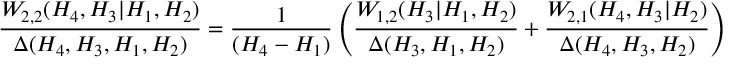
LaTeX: { \frac { W _ { 2 , 2 } ( H _ { 4 } , H _ { 3 } | H _ { 1 } , H _ { 2 } ) } { \Delta ( H _ { 4 } , H _ { 3 } , H _ { 1 } , H _ { 2 } ) } } = { \frac { 1 } { ( H _ { 4 } - H _ { 1 } ) } } \left( { \frac { W _ { 1 , 2 } ( H _ { 3 } | H _ { 1 } , H _ { 2 } ) } { \Delta ( H _ { 3 } , H _ { 1 } , H _ { 2 } ) } } + { \frac { W _ { 2 , 1 } ( H _ { 4 } , H _ { 3 } | H _ { 2 } ) } { \Delta ( H _ { 4 } , H _ { 3 } , H _ { 2 } ) } } \right)